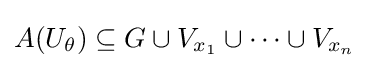
A(U_{\theta })\subseteq G\cup V_{x_{1}}\cup \dots \cup V_{x_{n}}